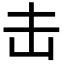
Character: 击